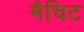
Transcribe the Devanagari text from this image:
मैचिट